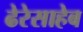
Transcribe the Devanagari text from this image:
ढेरेसाहेब